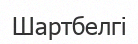
Шартбелгі